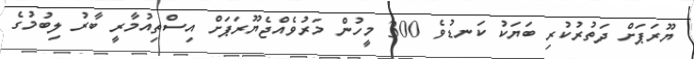
ޔޫރަޕަށް ދަތުރުކުރި ބަޔަކު ކަނޑުވެ 300 މީހުން މަރުވެއްޖެޔޫރަޕަށް އިސްތިއުމާރީ ބާރު ލިބުމުގެ